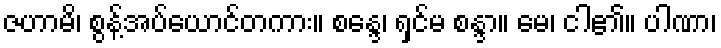
ဇဟာမိ၊ စွန့်အပ်ယောင်တကား။ စန္ဒေ၊ ရှင်မ စန္ဒာ။ မေ၊ ငါ၏။ ပါဏာ၊